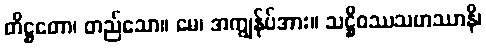
တိဋ္ဌတော၊ တည်သော။ မေ၊ အကျွန်ုပ်အား။ သဋ္ဌိဝဿသဟဿာနိ၊